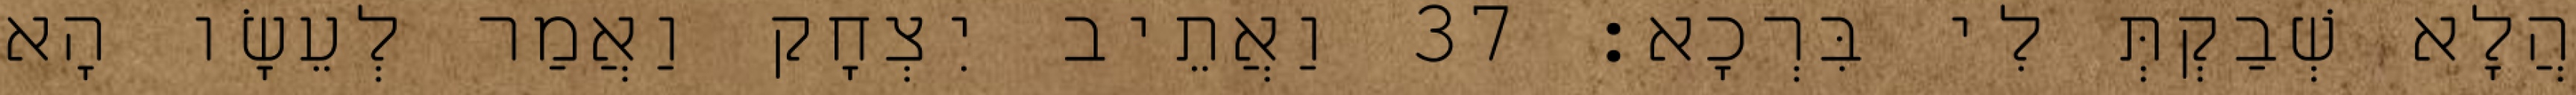
הֲלָא שְׁבַקְתְּ לִי בִּרְכָא׃ 37 וַאֲתֵיב יִצְחָק וַאֲמַר לְעֵשָׂו הָא